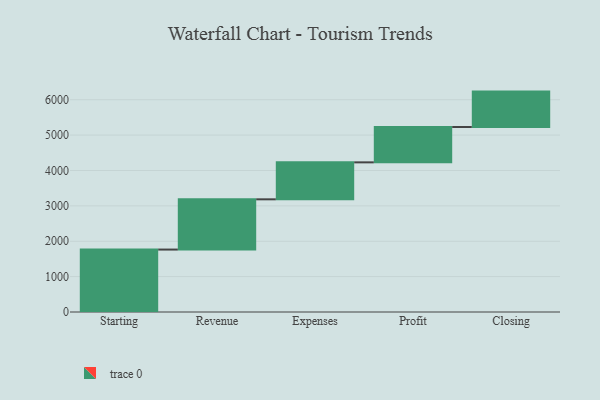
{"axis": {"x": "Step", "y": "Value"}, "legend": [""], "data": [{"x": "Starting", "y": 1765.0, "type": ""}, {"x": "Revenue", "y": 1420.0, "type": ""}, {"x": "Expenses", "y": 1045.0, "type": ""}, {"x": "Profit", "y": 1000, "type": ""}, {"x": "Closing", "y": 1000, "type": ""}]}